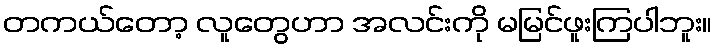
တကယ်တော့ လူတွေဟာ အလင်းကို မမြင်ဖူးကြပါဘူး။